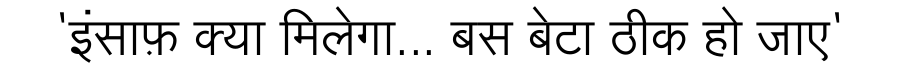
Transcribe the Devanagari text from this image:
'इंसाफ़ क्या मिलेगा... बस बेटा ठीक हो जाए'